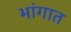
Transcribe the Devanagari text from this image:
भांगात